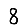
Digit: 8